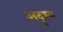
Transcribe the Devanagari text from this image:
अदॄश्य